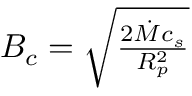
\begin{array} { r } { B _ { c } = \sqrt { \frac { 2 \dot { M } c _ { s } } { R _ { p } ^ { 2 } } } } \end{array}